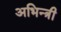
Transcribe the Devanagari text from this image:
अभिन्त्री